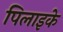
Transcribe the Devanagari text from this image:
पिलाइके